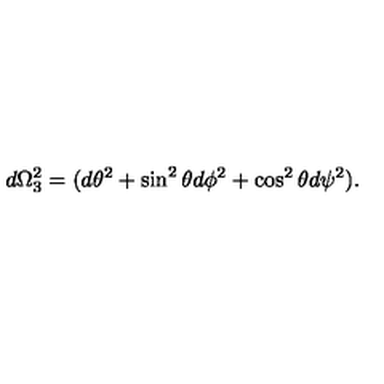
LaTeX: d \Omega _ { 3 } ^ { 2 } = ( d \theta ^ { 2 } + \sin ^ { 2 } \theta d \phi ^ { 2 } + \cos ^ { 2 } \theta d \psi ^ { 2 } ) .